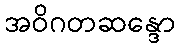
အဝိဂတဆန္ဒော